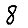
Digit: 8